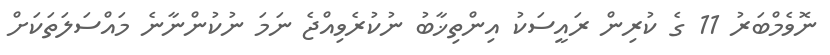
ނޮވެމްބަރު 11 ގެ ކުރިން ރައީސަކު އިންތިޚާބު ނުކުރެވިއްޖެ ނަމަ ނުކުންނާނެ މައްސަލަތަކަށް